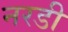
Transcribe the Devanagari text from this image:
नरडी